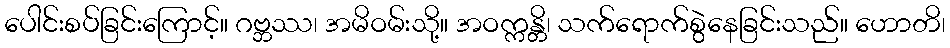
ပေါင်းစပ်ခြင်းကြောင့်။ ဂဗ္ဘဿ၊ အမိဝမ်းသို့။ အဝက္ကန္တိ၊ သက်ရောက်စွဲနေခြင်းသည်။ ဟောတိ၊